Liigvalla_vallavalitsus, lk 77
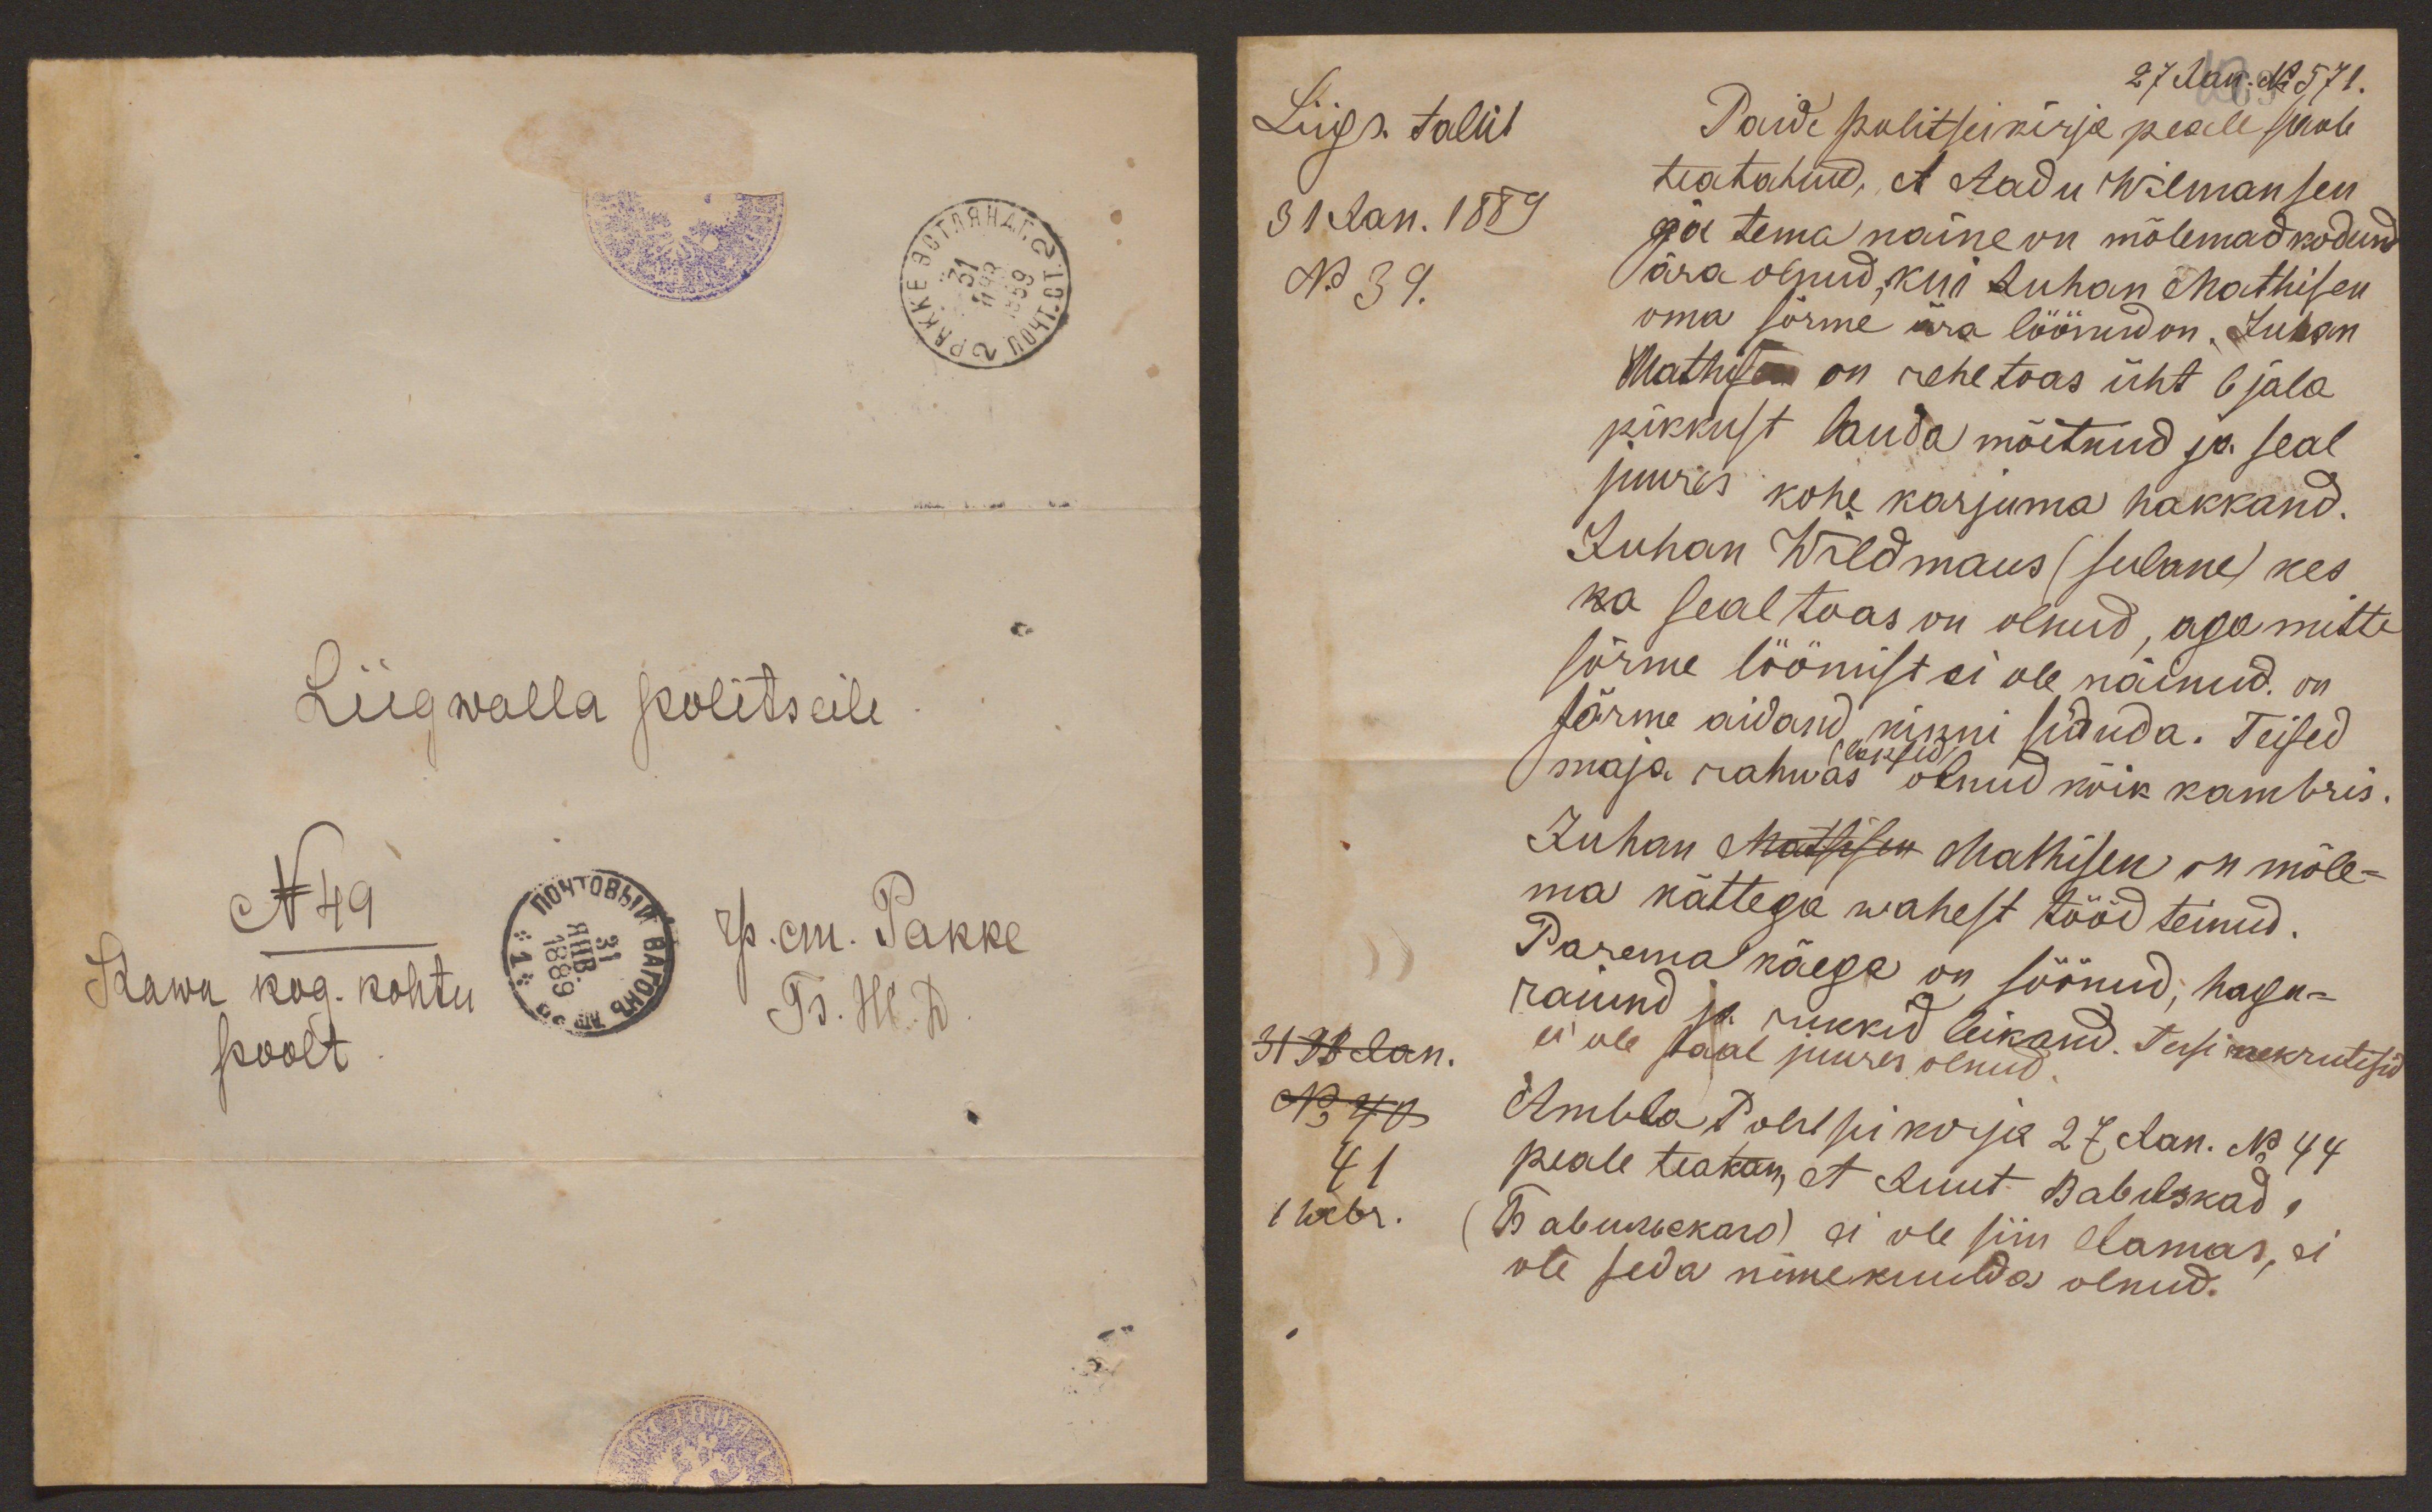
Liigwalla politseile
N49
Kawa kog. kohtu
poolt

27 Jan. No 571.
Liigs. talut
31 Jan. 1889
N. 39.
Paide politseikirja peale saab
teatatud, et Aadu Wilmansen
ja tema naine on mõlemad kodund
ära olnud, kui Juhan Mathisen
oma sõrme ära löönud on. Juhan
Mathisen on rehe toas üht 6 jala
pikkust lauda mõetnud ja seal
juures kohe karjuma hakkand.
Juhan Wildmaus (sulane) kes
ka seal toas on olnud, aga mitte
sõrme löömist ei ole näinud. on
sõrme aidand kinni siduda. Teised
(lapsed)
maja rahwas olnud kõik kambris.
Juhan Matsisen Mathisen on mõle-
ma kättega wahest tööd teinud.
Paremal käega on söönud, hagu-
raiund ja rukkid leikand. Teisi nekrutisid
ei ole saal juures olnud.
Ambla Politseikirja 27 Jan. No 44
peale teatan, et Juut Babilskad,
(Бавилъскаго) ei ole siin elamas, ei
ole seda nimekuuldas olnud.
31 33 Jan.
No 40
41
1 webr.